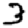
Digit: 3